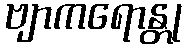
ဗျာကရောန္တု